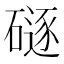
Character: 𪿯